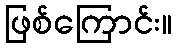
ဖြစ်ကြောင်း။